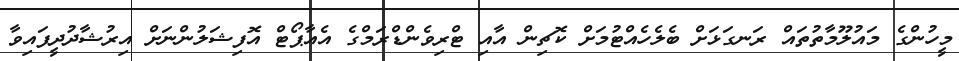
މީހުންގެ މައުލޫމާތުތައް ރަނގަޅަށް ބެލެހެއްޓުމަށް ކޮޗިން އާއި ޓްރިވެންޑްރަމްގެ އެއާޕޯޓް އޮފިޝަލުންނަށް އިރުޝާދުދީފައިވާ